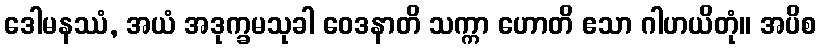
ဒေါမနဿံ, အယံ အဒုက္ခမသုခါ ဝေဒနာတိ သက္ကာ ဟောတိ ဧသာ ဂါဟယိတုံ။ အပိစ